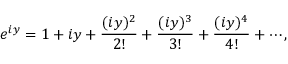
e ^ { i y } = 1 + i y + { \frac { ( i y ) ^ { 2 } } { 2 ! } } + { \frac { ( i y ) ^ { 3 } } { 3 ! } } + { \frac { ( i y ) ^ { 4 } } { 4 ! } } + \cdots ,